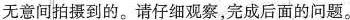
无意间拍摄到的。请仔细观察，完成后面的问题。